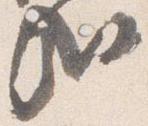
哉